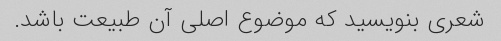
شعری بنویسید که موضوع اصلی آن طبیعت باشد.